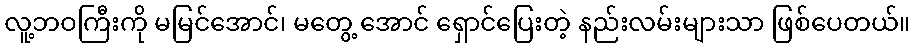
လူ့ဘဝကြီးကို မမြင်အောင်၊ မတွေ့ အောင် ရှောင်ပြေးတဲ့ နည်းလမ်းများသာ ဖြစ်ပေတယ်။